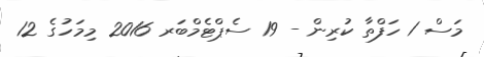
މަސް 1 ހަފްތާ ކުރިން - 19 ސެޕްޓެމްބަރ 2016 މިމަހުގެ 12